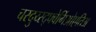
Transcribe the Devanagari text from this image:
चस्दुय्स्द्फ्वेर्गिओएतिअ